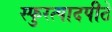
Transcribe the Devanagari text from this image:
स्फुरत्पादपीठे